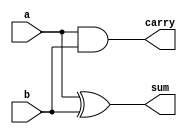
module half_adder (input a, input b, output sum, output carry);

    // gate-level implementation
    // xor(sum, a, b);
    // and(carry, a, b);

    // -----------------------------------------------------

    // dataflow implementation
    assign sum = a ^ b;
    assign carry = a & b;

endmodule